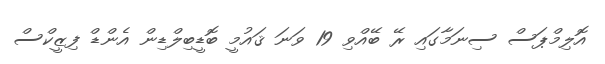
އޮލިމްޕަސް ސިނަމާގައި ރޭ ބޭއްވި 19 ވަނަ ޤައުމީ ބޮޑީބިލްޑިން އެންޑް ފިޒީކްސް